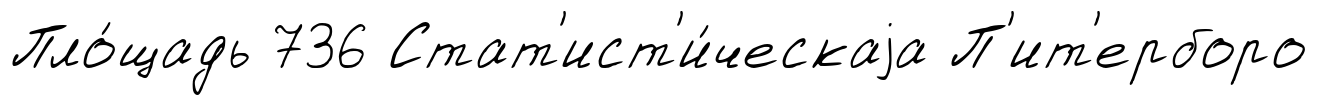
Пло́щадь 736 Стат'ист'и́ческаjа П'ит'ерборо